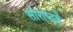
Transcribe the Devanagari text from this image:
सौराष्‍ट्रमें